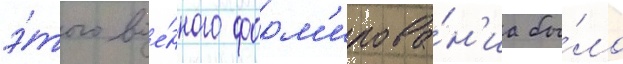
э́того вое́нного форм'ирова́н'иа бы́ло